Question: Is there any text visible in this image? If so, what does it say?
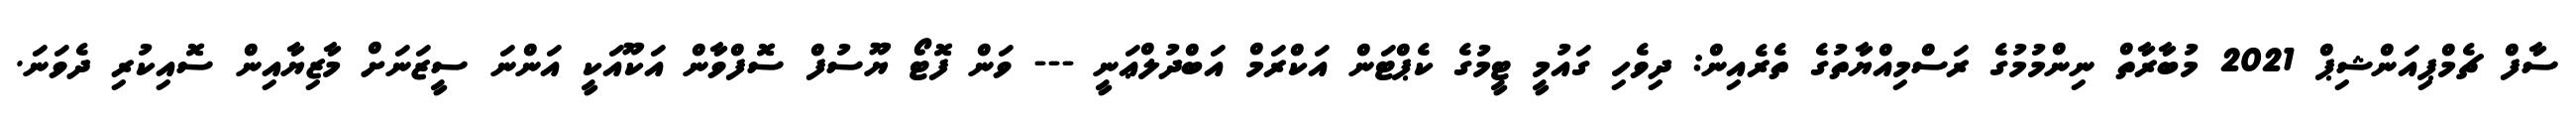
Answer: ސާފް ޗެމްޕިއަންޝިޕް 2021 މުބާރާތް ނިންމުމުގެ ރަސްމިއްޔާތުގެ ތެރެއިން: ދިވެހި ގައުމީ ޓީމުގެ ކެޕްޓަން އަކްރަމް އަބްދުލްޢަނީ --- ވަން ފޮޓޯ ޔޫސުފް ސޮފްވާން އަކޫއަކީ އަންނަ ސީޒަނަށް މާޒިޔާއިން ސޮއިކުރި ދެވަނަ.